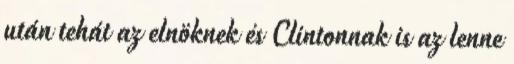
után tehát az elnöknek és Clintonnak is az lenne